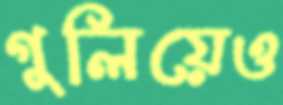
গুলিয়েও